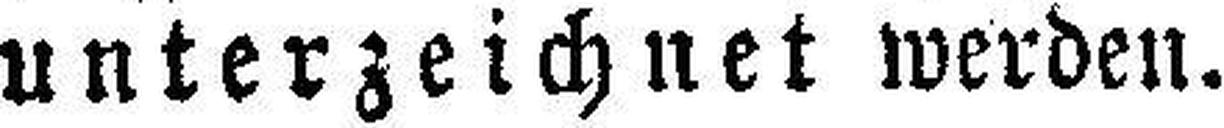
unterzeichnet werden.